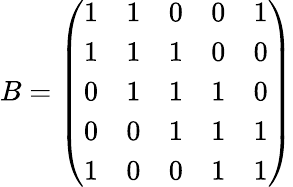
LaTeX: B=\left(\begin{array}{lllll}{1}&{1}&{0}&{0}&{1}\\ {1}&{1}&{1}&{0}&{0}\\ {0}&{1}&{1}&{1}&{0}\\ {0}&{0}&{1}&{1}&{1}\\ {1}&{0}&{0}&{1}&{1}\end{array}\right)